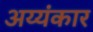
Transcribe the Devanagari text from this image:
अय्यंकार